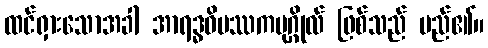
ထင်ရှားသောအခါ အာရဒ္ဓဝိပဿကပုဂ္ဂိုလ် ဖြစ်သည် မည်၏။